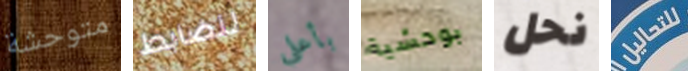
متوحشة للضابط بأعلى بوحشية نحل للتحاليل